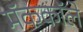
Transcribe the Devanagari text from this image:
मॅककॉले